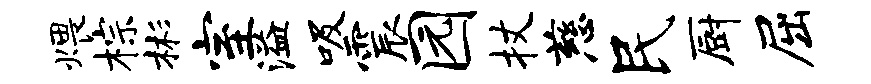
煨棕彬室溢吸震园杖慈民厨屈